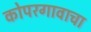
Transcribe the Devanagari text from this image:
कोपरगावाचा